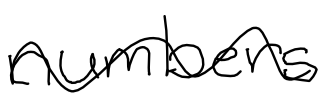
Text: numbers
Cross-out: wave
Writing tool: digital_black